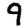
Digit: 9